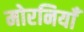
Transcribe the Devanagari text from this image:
मोरनियाँ